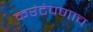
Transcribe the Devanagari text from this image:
करंटेपणाच